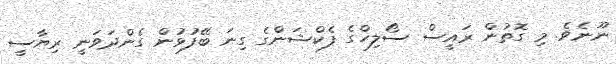
ނޫނެވެ. މި ގޮތުން ރައީސް ސޯލިހްގެ ފެކްޝަންގެ ގިނަ ބޭފުޅުން ގެންދަވަނީ ރިޔާސީ